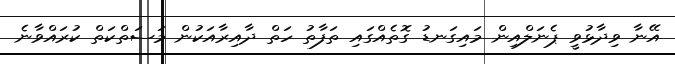
އޭނާ ވިދާޅުވީ ޕެނަލްއިން މައިގަނޑު ގޮތެއްގައި ތަފާތު ހަތް ދާއިރާއަކުން މަސަތްކަތް ކުރައްވާނެ